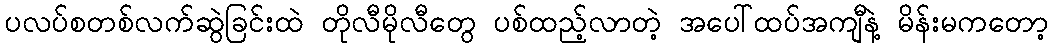
ပလပ်စတစ်လက်ဆွဲခြင်းထဲ တိုလီမိုလီတွေ ပစ်ထည့်လာတဲ့ အပေါ်ထပ်အကျီနဲ့ မိန်းမကတော့